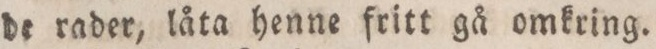
de rader, låta henne fritt gå omkring.